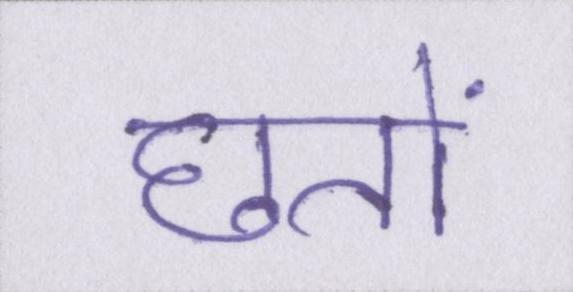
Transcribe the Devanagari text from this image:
छतों